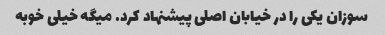
سوزان یکی را در خیابان اصلی پیشنهاد کرد. میگه خیلی خوبه